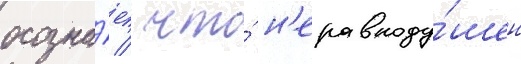
осозна́ет / что́ н'еравноду́шен